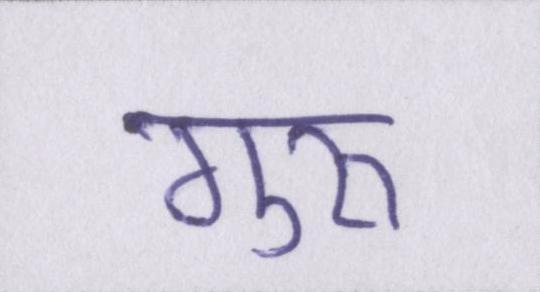
गुरुॱ